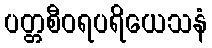
ပတ္တစီဝရပရိယေသနံ